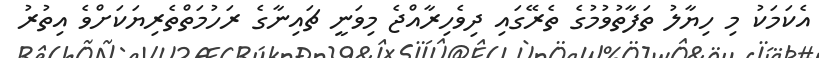
އެކަމަކު މި ހިޔާލު ތަފާތުވުމުގެ ތެރޭގައި ދިވެހިރާއްޖެ މިވަނީ ޗައިނާގެ ރަހުމަތްތެރިޔަކަށްވެ އިތުރު